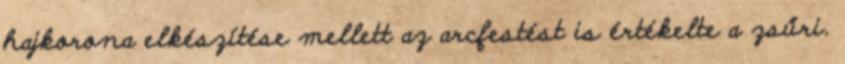
hajkorona elkészítése mellett az arcfestést is értékelte a zsűri.